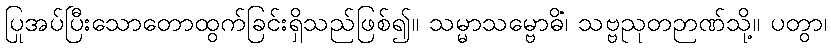
ပြုအပ်ပြီးသောတောထွက်ခြင်းရှိသည်ဖြစ်၍။ သမ္မာသမ္ဗောဓိံ၊ သဗ္ဗညုတဉာဏ်သို့။ ပတွာ၊